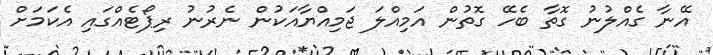
އޭނާ ގެއްލުނު ގޮތާ ބެހޭ ގޮތުން އަމިއްލަ ޖަމިއްޔާއަކުން ނެރުނު ރިޕޯޓެއްގައި އެކަމަށް